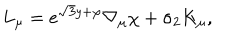
L _ { \mu } = e ^ { \sqrt { 3 } y + \varphi } \nabla _ { \mu } \chi + \sigma _ { 2 } K _ { \mu } ,